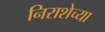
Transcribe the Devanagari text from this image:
निराशेच्या